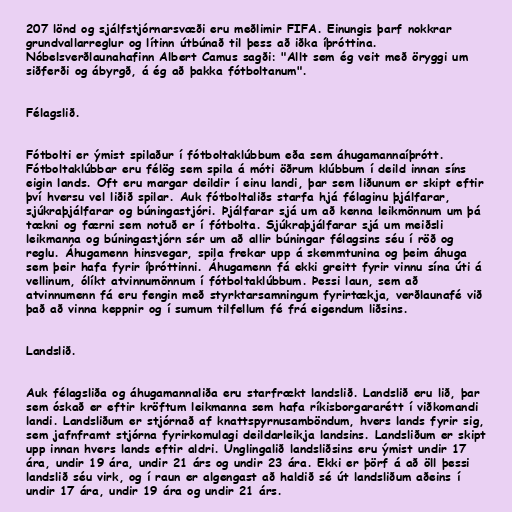
207 lönd og sjálfstjórnarsvæði eru meðlimir FIFA. Einungis þarf nokkrar
grundvallarreglur og lítinn útbúnað til þess að iðka íþróttina.
Nóbelsverðlaunahafinn Albert Camus sagði: "Allt sem ég veit með öryggi um
siðferði og ábyrgð, á ég að þakka fótboltanum".

Félagslið.

Fótbolti er ýmist spilaður í fótboltaklúbbum eða sem áhugamannaíþrótt.
Fótboltaklúbbar eru félög sem spila á móti öðrum klúbbum í deild innan síns
eigin lands. Oft eru margar deildir í einu landi, þar sem liðunum er skipt eftir
því hversu vel liðið spilar. Auk fótboltaliðs starfa hjá félaginu þjálfarar,
sjúkraþjálfarar og búningastjóri. Þjálfarar sjá um að kenna leikmönnum um þá
tækni og færni sem notuð er í fótbolta. Sjúkraþjálfarar sjá um meiðsli
leikmanna og búningastjórn sér um að allir búningar félagsins séu í röð og
reglu. Áhugamenn hinsvegar, spila frekar upp á skemmtunina og þeim áhuga
sem þeir hafa fyrir íþróttinni. Áhugamenn fá ekki greitt fyrir vinnu sína úti á
vellinum, ólíkt atvinnumönnum í fótboltaklúbbum. Þessi laun, sem að
atvinnumenn fá eru fengin með styrktarsamningum fyrirtækja, verðlaunafé við
það að vinna keppnir og í sumum tilfellum fé frá eigendum liðsins.

Landslið.

Auk félagsliða og áhugamannaliða eru starfrækt landslið. Landslið eru lið, þar
sem óskað er eftir kröftum leikmanna sem hafa ríkisborgararétt í viðkomandi
landi. Landsliðum er stjórnað af knattspyrnusamböndum, hvers lands fyrir sig,
sem jafnframt stjórna fyrirkomulagi deildarleikja landsins. Landsliðum er skipt
upp innan hvers lands eftir aldri. Unglingalið landsliðsins eru ýmist undir 17
ára, undir 19 ára, undir 21 árs og undir 23 ára. Ekki er þörf á að öll þessi
landslið séu virk, og í raun er algengast að haldið sé út landsliðum aðeins í
undir 17 ára, undir 19 ára og undir 21 árs.